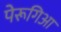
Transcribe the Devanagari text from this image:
पेरूगिआ